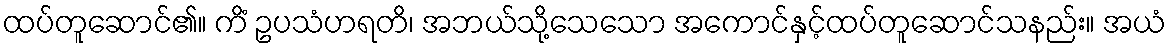
ထပ်တူဆောင်၏။ ကိံ ဥပသံဟရတိ၊ အဘယ်သို့သေသော အကောင်နှင့်ထပ်တူဆောင်သနည်း။ အယံ